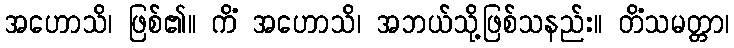
အဟောသိ၊ ဖြစ်၏။ ကိံ အဟောသိ၊ အဘယ်သို့ဖြစ်သနည်း။ တိံသမတ္တာ၊